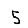
Digit: 5